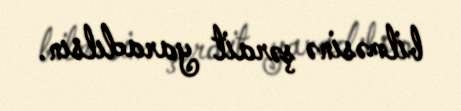
bilməsinə şərait yaradılsın.